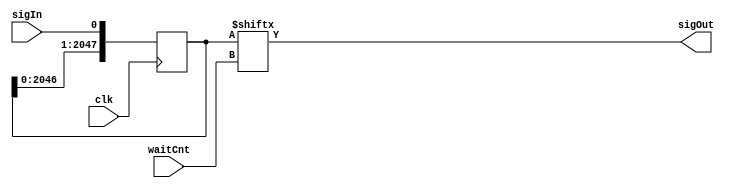
module CacheDelay(clk, sigIn, waitCnt, sigOut);
/***
This delay works by caching a large number of signal inputs on clock (pos) edges, and selecting where in the time series to output based on the requested delay.  The last element in the cache is popped, and the first (zeroth) element pushed, on every clock cycle.

Ted Golfinopoulos, 19 Sep 2012
***/

parameter WAIT_CNT_SIZE=12; //Cache must have same number of bits as maximum number in wait counter.
parameter CACHE_SIZE=2048;

//Make a huge cache.
reg [CACHE_SIZE-1:0] cache;
input [WAIT_CNT_SIZE-1:0] waitCnt;

input clk;
input sigIn;

output sigOut;

reg sigOutReg;

initial begin
	#0
	cache=1'b0; //Reset cache.
end

always @(posedge clk) begin
	cache={cache[CACHE_SIZE-2:0],sigIn}; //Pop out oldest data point, and push newest data point.
end

assign sigOut=cache[waitCnt]; //Look up Index, waitCnt, in cache.

endmodule